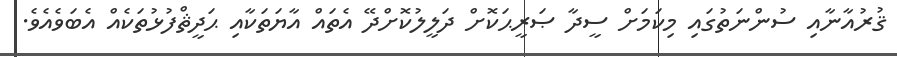
ޤުރުއާނާއި ސުންނަތުގައި މިކަމަށް ސީދާ ޞަރީޙަކޮށް ދަލީލުކޮށްދޭ އެތައް އާޔަތަކާއި ޙަދީޘްފުޅުތަކެއް އެބަވެއެވެ.